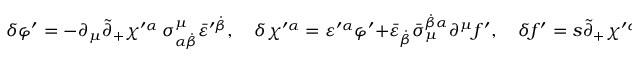
\delta \varphi ^ { \prime } = - \partial _ { \mu } \tilde { \partial } _ { + } \chi ^ { \prime \alpha } \, \sigma _ { \alpha \dot { \beta } } ^ { \mu } \bar { \varepsilon } ^ { \prime \dot { \beta } } , \quad \delta \chi ^ { \prime \alpha } = \varepsilon ^ { \prime \alpha } \varphi ^ { \prime } + \bar { \varepsilon } _ { \dot { \beta } } \bar { \sigma } _ { \mu } ^ { \dot { \beta } \alpha } \partial ^ { \mu } f ^ { \prime } , \quad \delta f ^ { \prime } = s \tilde { \partial } _ { + } \chi ^ { \prime \alpha } \varepsilon _ { \alpha }